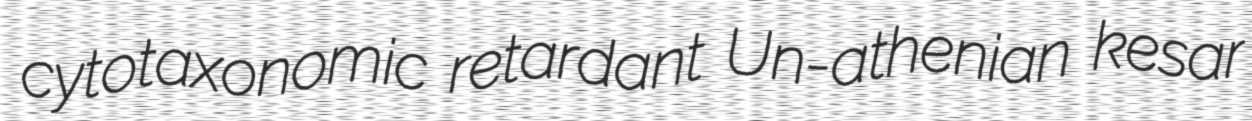
cytotaxonomic retardant Un-athenian kesar